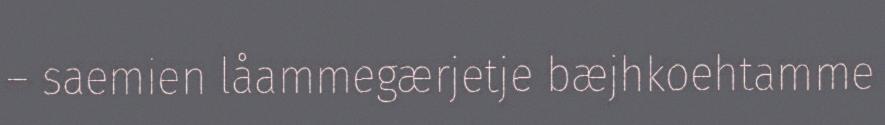
– saemien låammegærjetje bæjhkoehtamme